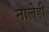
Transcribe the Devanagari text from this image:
नालेही